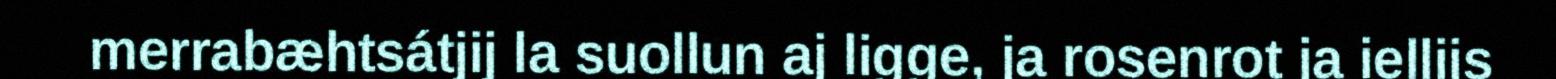
merrabæhtsátjij la suollun aj ligge, ja rosenrot ja iellijs